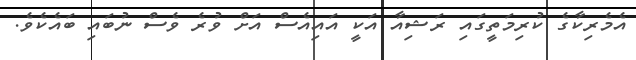
އެމެރިކާގެ ކުރިމަތީގައި ރަޝިއާ އަކީ އައިއެސް އަށް ވުރެ ވެސް ނުބައި ބައެކެވެ.